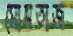
মোমতাজ